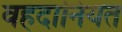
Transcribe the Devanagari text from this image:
वहदानियत